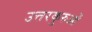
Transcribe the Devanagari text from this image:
उत्तरकुरुओं